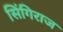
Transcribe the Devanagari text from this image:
सिंगिराज